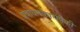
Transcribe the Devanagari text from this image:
प्रबोधनकारांपैकी